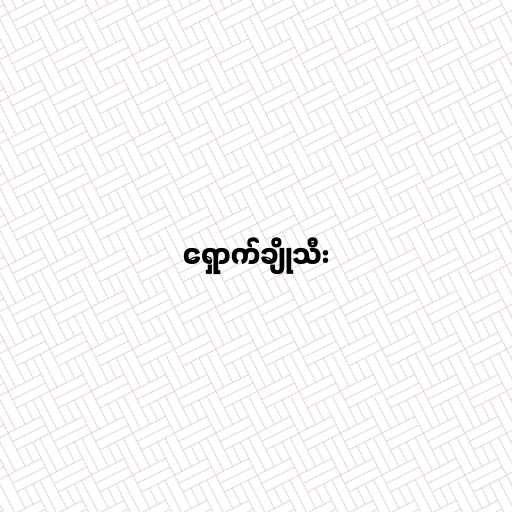
ရှောက်ချိုသီး